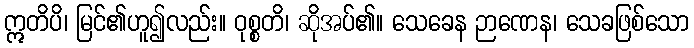
ဣတိပိ၊ မြင်၏ဟူ၍လည်း။ ဝုစ္စတိ၊ ဆိုအပ်၏။ သေခေန ဉာဏေန၊ သေခဖြစ်သော